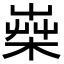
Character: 𣕐